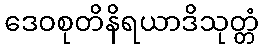
ဒေဝစုတိနိရယာဒိသုတ္တံ